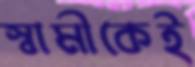
স্বামীকেই